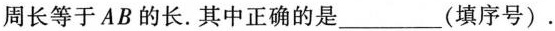
周长等于AB的长。其中正确的是_______(填序号)。